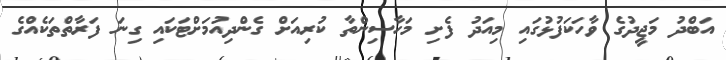
އަބްދު މަޖީދުގެ ވާހަކަފުޅުގައި މިއަދު ފެށި މަހާސިންތާ ކުރިއަށް ގެންދިއުމަށްޓަކައި ގިނަ ފަރާތްތަކެއްގެ